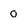
Character: 0